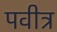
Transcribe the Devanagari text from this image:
पवीत्र